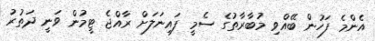
އެންމެ ފަހުން ބޭއްވި މުބާރާތުގެ ސެމީ ފައިނަލަށް ރާއްޖެ ޓީމުން ވަނީ ދަތުރު